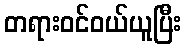
တရားဝင်ဝယ်ယူပြီး